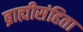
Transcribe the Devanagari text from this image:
ब्राह्मीसंहिता